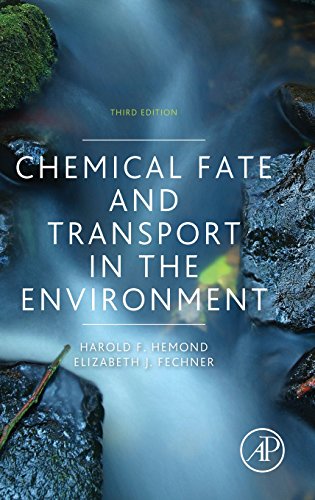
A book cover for Chemical Fate and Transport in the Environment, Third Edition; Harold F. Hemond; Science & Math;